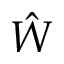
\hat { W }